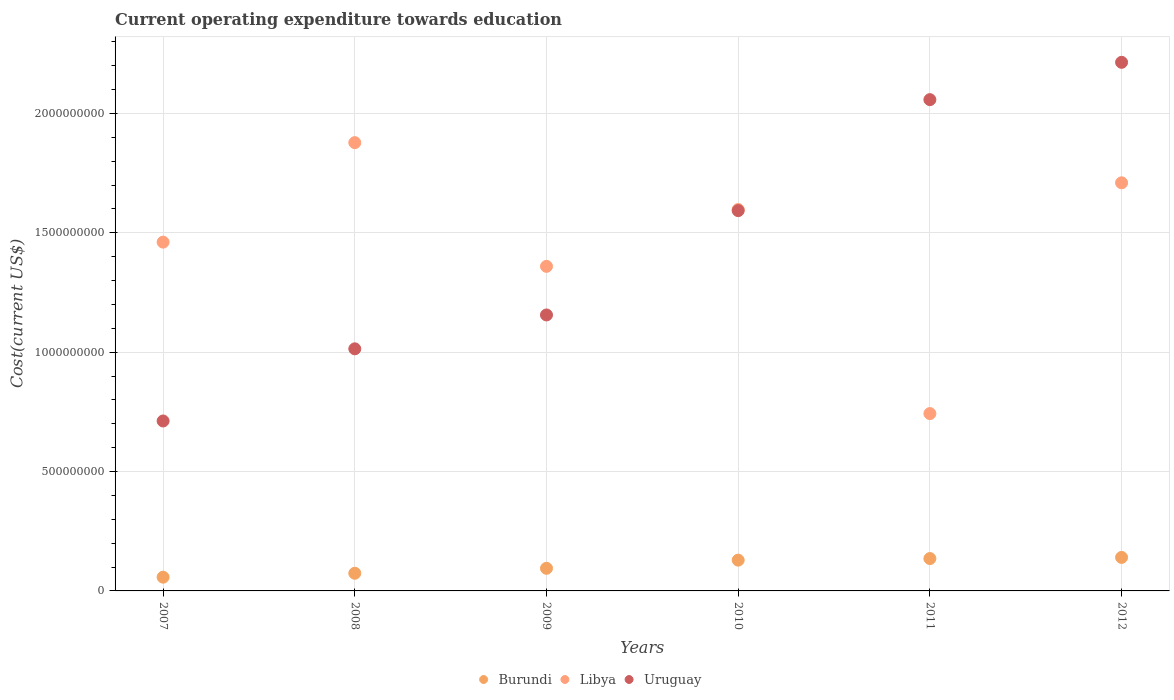
| Years | Burundi | Libya | Uruguay |
 | --- | --- | --- | --- |
 | 2007 | 5.76e+07 | 1.46e+09 | 7.12e+08 |
 | 2008 | 7.39e+07 | 1.88e+09 | 1.01e+09 |
 | 2009 | 9.48e+07 | 1.36e+09 | 1.16e+09 |
 | 2010 | 1.29e+08 | 1.6e+09 | 1.59e+09 |
 | 2011 | 1.36e+08 | 7.43e+08 | 2.06e+09 |
 | 2012 | 1.4e+08 | 1.71e+09 | 2.21e+09 |